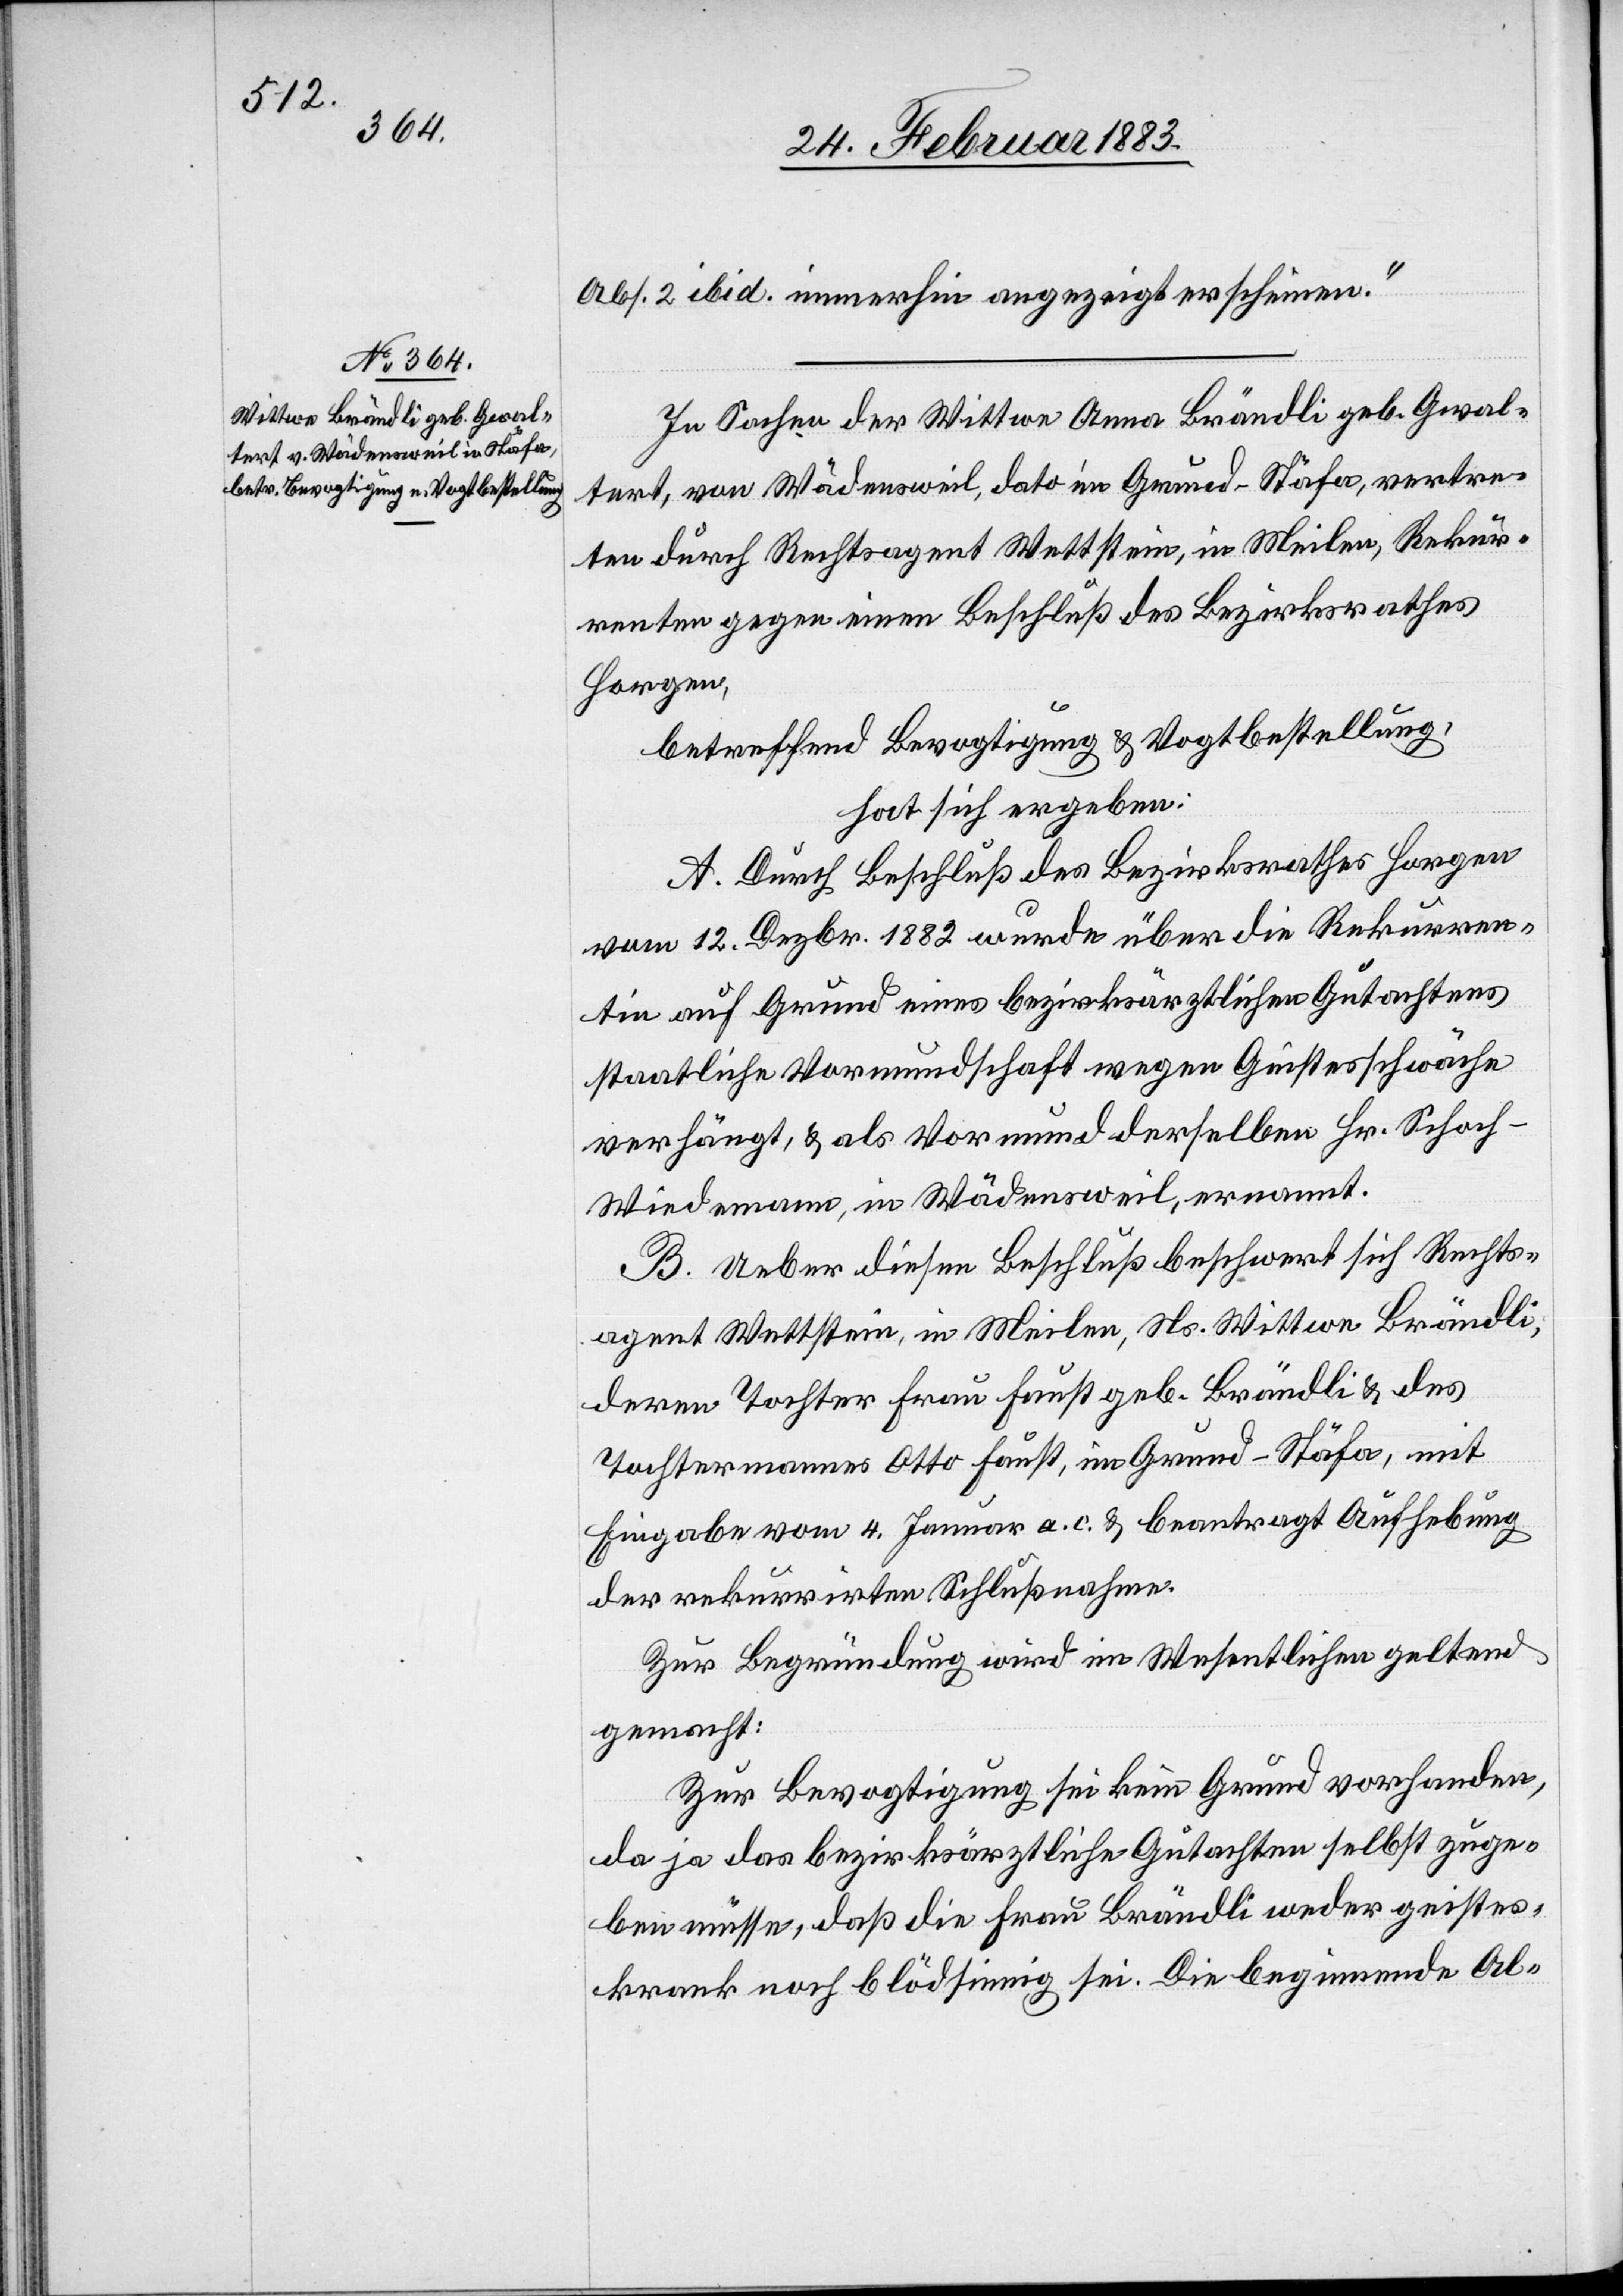
Abs. 2 ibid. immerhin angezeigt erscheinen.“
In Sachen der Wittwe Anna Brändli geb. Gwal¬
tert, von Wädensweil, dato im Grund - Stäfa, vertre¬
ten durch Rechtsagent Wettstein, in Meilen, Rekur¬
renten gegen einen Beschluß des Bezirksrathes
Horgen,
betreffend Bevogtigung & Vogtbestellung,
hat sich ergeben:
A. Durch Beschluß des Bezirksrathes Horgen
vom 12. Dezbr. 1882 wurde über die Rekurren¬
tin auf Grund eines bezirksärztlichen Gutachtens
staatliche Vormundschaft wegen Geistesschwäche
verhängt, & als Vormund derselben Hr. Schoch-W¬
iedemann, in Wädensweil, ernannt.
B. Ueber diesen Beschluß beschwert sich Rechts¬
agent Wettstein, in Meilen, Ns. Wittwe Brändli,
deren Tochter Frau Faust, geb. Brändli & des
Tochtermanns Otto Faust, im Grund - Stäfa, mit
Eingabe vom 4. Januar a. c. & beantragt Aufhebung
der rekurrirten Schlußnahme.
Zur Begründung wird im Wesentlichen geltend
gemacht:
Zur Bevogtigung sei kein Grund vorhanden,
da ja das bezirksärztliche Gutachten selbst zuge¬
ben müsse, daß die Frau Brändli weder geistes¬
krank noch blödsinnig sei. Die beginnende Al-